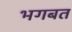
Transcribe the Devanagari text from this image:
भगबत